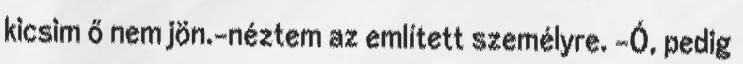
kicsim ő nem jön.-néztem az említett személyre. -Ó, pedig